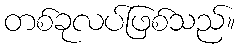
တစ်ခုလပ်ဖြစ်သည်။